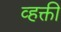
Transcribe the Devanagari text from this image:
व्हक्ती